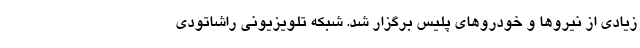
زیادی از نیروها و خودروهای پلیس برگزار شد. شبکه تلویزیونی راشاتودی